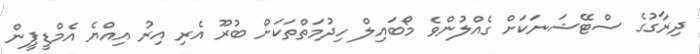
ދިރާގުގެ ސްޓޭޝަނަކަށް ގެއްލުންވެ މޯބައިލް ހިދުމަތްތަކަށް ބުރޫ އެރި އިރު އިއްޔެ އެމްޑީޕީން